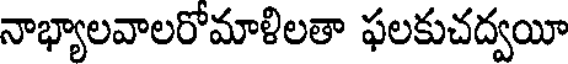
నాభ్యాలవాలరోమాళిలతా ఫలకుచద్వయీ